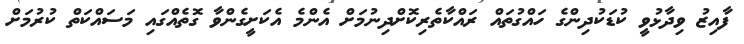
ފާއިޒު ވިދާޅުވީ ކުޑަކުދިންގެ ހައްގުތައް ރައްކާތެރިކޮށްދިނުމަށް އެންމެ އެކަށީގެންވާ ގޮތެއްގައި މަސައްކަތް ކުރުމަށް